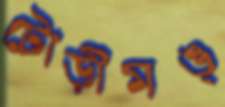
টোড়ীমঙ্